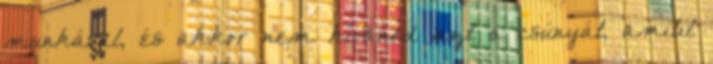
munkával, és akkor nem kívánod azt a csúnyát, amitıl